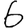
Digit: 6